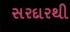
સરદારથી